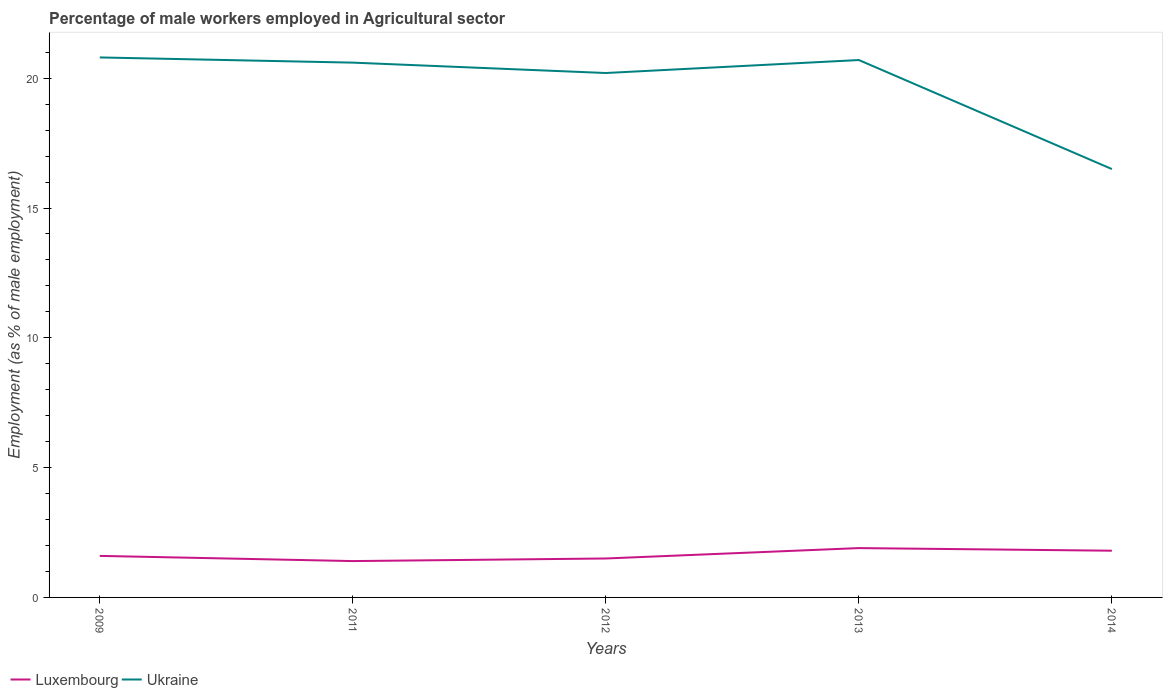
| Years | Luxembourg | Ukraine |
 | --- | --- | --- |
 | 2009 | 1.6 | 20.8 |
 | 2011 | 1.4 | 20.6 |
 | 2012 | 1.5 | 20.2 |
 | 2013 | 1.9 | 20.7 |
 | 2014 | 1.8 | 16.5 |